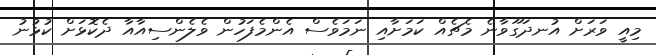
މިއީ ވަރަށް އުނދަގޫވާނެ މެޗެއް ކަމަށާއި ނަމަވެސް އެންމެފަހުން ވެލެންސިއާއާ ދެކޮޅަށް ކުޅުނު